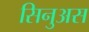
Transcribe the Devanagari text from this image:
सिनुअस